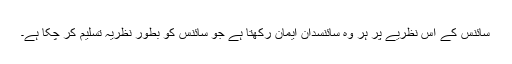
سائنس کے اس نظریے پر ہر وہ سائنسدان ایمان رکھتا ہے جو سائنس کو بطور نظریہ تسلیم کر چکا ہے۔